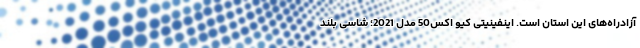
آزادراه‌های این استان است. اینفینیتی کیو اکس50 مدل 2021؛ شاسی بلند